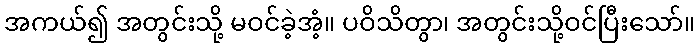
အကယ်၍ အတွင်းသို့ မဝင်ခဲ့အံ့။ ပဝိသိတွာ၊ အတွင်းသို့ဝင်ပြီးသော်။